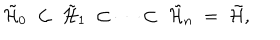
\tilde { { \cal H } } _ { 0 } \; \subset \; \tilde { { \cal H } } _ { 1 } \; \subset \cdots \subset \; \tilde { { \cal H } } _ { n } \; = \; \tilde { { \cal H } } ,